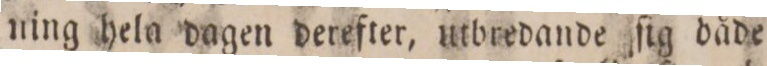
ning hela dagen derefter, utbredande ſig dåde